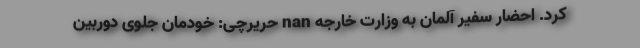
کرد. احضار سفیر آلمان به وزارت خارجه nan حریرچی: خودمان جلوی دوربین